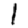
Digit: 1